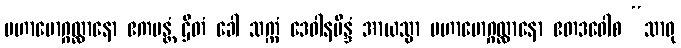
မဟာမောဂ္ဂလ္လာနော ဧကမန္တံ ဌိတံ ခေါ သက္ကံ ဒေဝါနမိန္ဒံ အာယသ္မာ မဟာမောဂ္ဂလ္လာနော ဧတဒဝေါစ “သာဓု